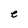
Character: e